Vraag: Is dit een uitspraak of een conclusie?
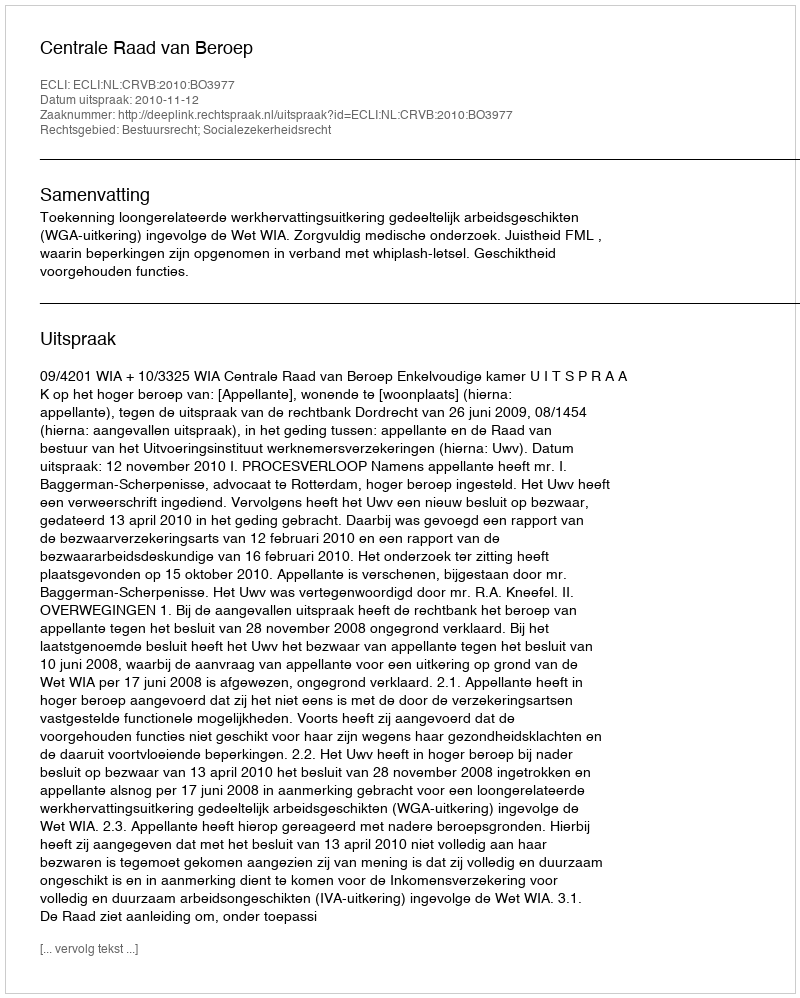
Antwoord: Uitspraak